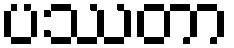
ပဿတာ